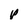
Character: v